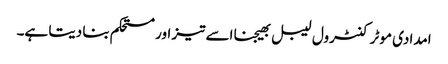
امدادی موٹر کنٹرول لیبل بھیجنا اسے تیز اور مستحکم بنا دیتا ہے۔